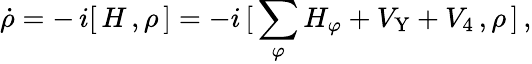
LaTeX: \dot{\rho}=-\, i[\, H\, ,\rho\, ]=-i\, [\, \sum_{\varphi}H_{\varphi}+V_{\mathrm{Y}}+V_{4}\, ,\rho\, ]\, ,